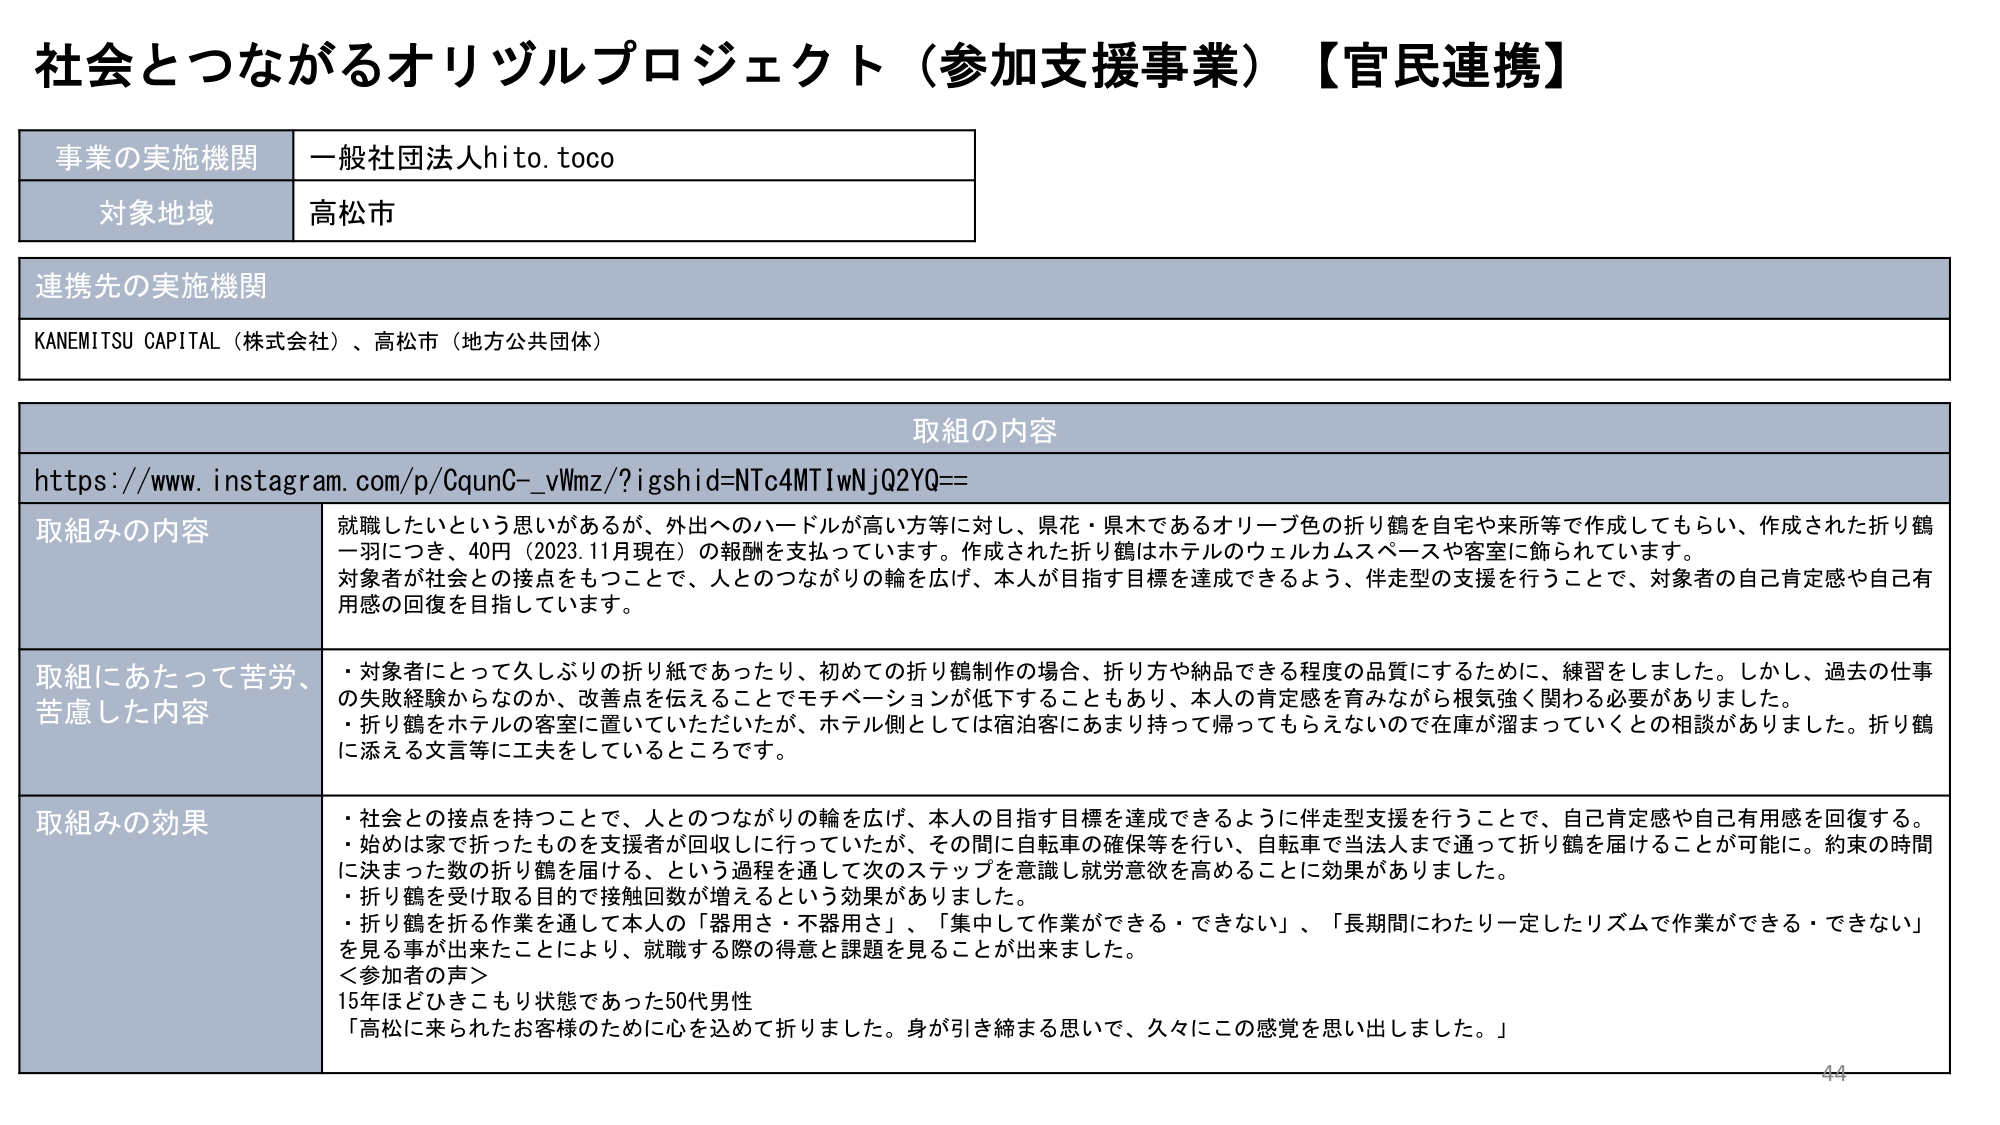
社会とつながるオリヅルプロジェクト（参加支援事業）【官民連携】

事業の実施機関　一般社団法人hito.toco
対象地域　高松市

連携先の実施機関
KANEMITSU CAPITAL（株式会社）、高松市（地方公共団体）

取組の内容
https://www.instagram.com/p/CqunC-_vWmz/?igshid=NTc4MTIwNjQ2YQ==

取組みの内容
就職したいという思いがあるが、外出へのハードルが高い方等に対し、県花・県木であるオリーブ色の折り鶴を自宅や来所等で作成してもらい、作成された折り鶴一羽につき、40円（2023.11月現在）の報酬を支払っています。作成された折り鶴はホテルのウェルカムスペースや客室に飾られています。
対象者が社会との接点をもつことで、人とのつながりの輪を広げ、本人が目指す目標を達成できるよう、伴走型の支援を行うことで、対象者の自己肯定感や自己有用感の回復を目指しています。

取組にあたって苦労、苦慮した内容
・対象者にとって久しぶりの折り紙であったたり、初めての折り鶴制作の場合、折り方や納品できる程度の品質にするために、練習をしました。しかし、過去の仕事の失敗経験からなのか、改善点を伝えることでモチベーションが低下することもあり、本人の肯定感を育みながら根気強く関わる必要がありました。
・折り鶴をホテルの客室に置いていただいたが、ホテル側としては宿泊客にあまり持って帰ってもらえないので在庫が溜まっていくとの相談がありました。折り鶴に添える文言等に工夫をしているところです。

取組みの効果
・社会との接点を持つことで、人とのつながりの輪を広げ、本人の目指す目標を達成できるように伴走型支援を行うことで、自己肯定感や自己有用感を回復する。
・始めは家で折ったものを支援者が回収しに行っていたが、その間に自転車の確保等を行い、自転車で当法人まで通って折り鶴を届けることが可能に。約束の時間に決まった数の折り鶴を届ける、という過程を通して次のステップを意識し就労意欲を高めることに効果がありました。
・折り鶴を受け取る目的で接触回数が増えるという効果がありました。
・折り鶴を折る作業を通して本人の「器用さ・不器用さ」、「集中して作業ができる・できない」、「長期間にわたり一定したリズムで作業ができる・できない」を見る事が出来たことにより、就職する際の得意と課題を見ることが出来ました。
＜参加者の声＞
15年ほどひきこもり状態であった50代男性
「高松に来られたお客様のために心を込めて折りました。身が引き締まる思いで、久々にこの感覚を思い出しました。」

44